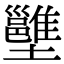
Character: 𡓱